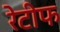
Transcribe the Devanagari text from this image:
रेटीफ